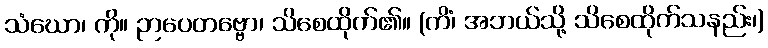
သံဃော၊ ကို။ ဉာပေတဗ္ဗော၊ သိစေထိုက်၏။ (ကိံ၊ အဘယ်သို့ သိစေထိုက်သနည်း၊)